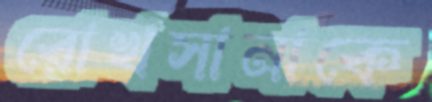
রোখসানাকে